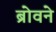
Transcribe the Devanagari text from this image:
ब्रोवने